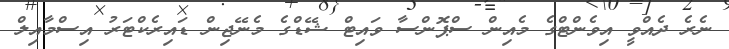
ނެރެ ދެއްވީ އިވެންޓްގެ މެއިން ސްޕޮންސާ ވައިޓް ޝޭޑްގެ މެނޭޖިން ޑައިރެކްޓަރު އިސްމާއިލް